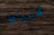
قيراط